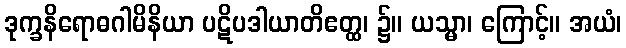
ဒုက္ခနိရောဓဂါမိနိယာ ပဋိပဒါယာတိဧတ္ထ၊ ၌။ ယသ္မာ၊ ကြောင့်။ အယံ၊